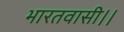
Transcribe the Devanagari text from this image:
भारतवासी।।